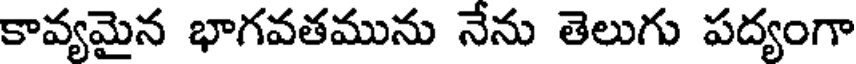
కావ్యమైన భాగవతమును నేను తెలుగు పద్యంగా